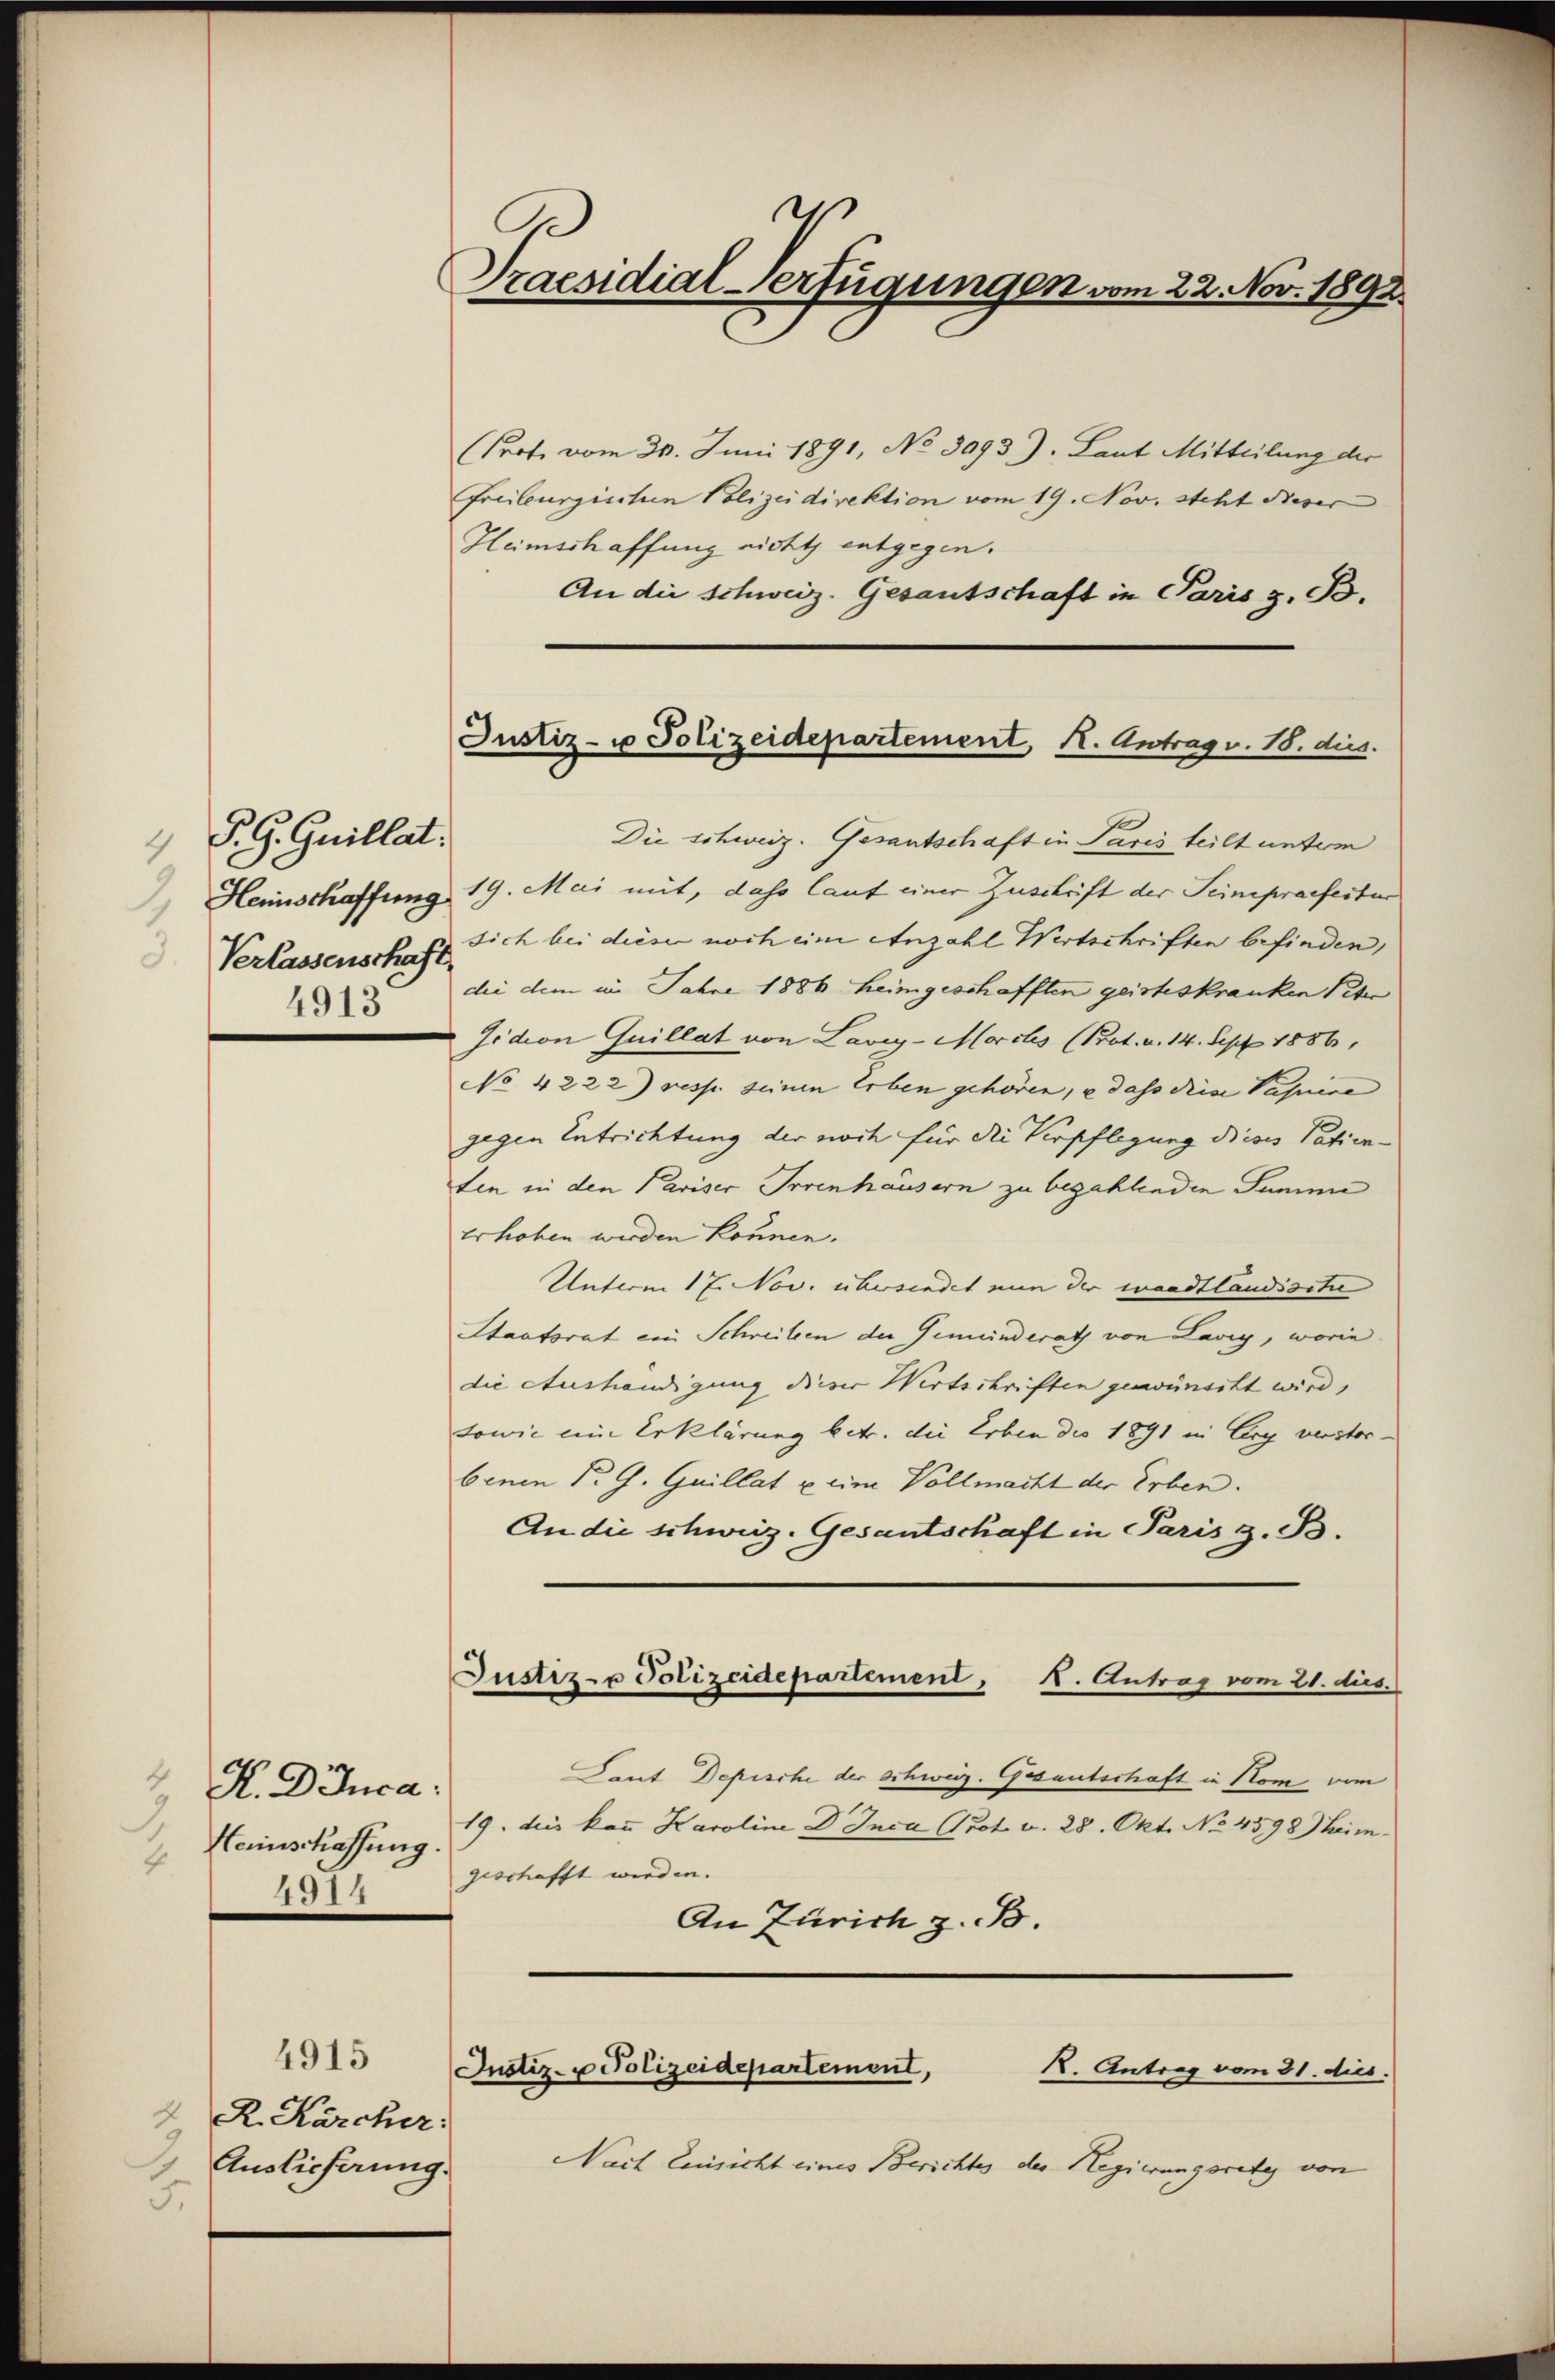
P. G. Guillat.
4
Verlassenschaft,
3
4913

H. Duca:
9
Heinschaffung.
4.
4317

e
A
Praesidial-Verfügungen vom 22. Nov. 1892

4915
R. Karcher:
2
1
Auslieferung.
5.

Prot vom 20. Juni 1891, No 3093), Laut Mitteilung der
Freiburgischen Polizeidirektion vom 19. Nov. steht dieser
Heimschaffung nicht entgegen.
An die Schweiz. Gesantschaft in Paris z. B.
Die schweiz. Gesantschaft in Paris teilt unter
 Heinschaffung 19. Mai mit, dass lauf einer Zuschrift der Seinspraefester
sich bei dieser noch eine Anzahl Wertschriften befinden,
dee dem im Jahre 1886 heimgeschafften geisteskranken Peter
sidion Quillat von Lavey-Morchs (Prot. v. 14. Sept 1886
No 4222) resp. seinen Erben gehören, u dass diese Pasnice
gegen Entrichtung der noch für die Verpflegung dieses Patienten in den Pariser Irrenhäusern zu bezahlenden Samm
erhoben werden können.
Unterm 17. Nov. übersendet nun der waadtländische
Staatsrat ein Schreiben der Gemeinderath von Lavig, worin
die Aushändigung dieser Wirtschriften gewünscht wird,
sowie ein Erklärung betr. die Erben des 1891 in Cry verstor-
benen P. G. Guillat u. ein Vollmacht der Erben.
An die schweiz. Gesantschaft in Paris z. B.
Justiz- u Polizeidepartement, I. Antrag vom 21. dus.
Gant Depische der Schweiz. Gesantschaft in Nom vom
19. dies kann Karoline Dr. Inca Brot v. 28. Okt. No. 4598) heim.
geschafft werden.
An Zürich z. B.
Justiz- u Polizeidepartement,
R. Antrag vom 31. Aus
Nach Einsicht eines Berichtes der Regierungsrety von

Justiz- u Polizeidepartement, K. Antrag v. 18. dies.